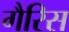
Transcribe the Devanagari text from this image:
गैरिस